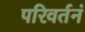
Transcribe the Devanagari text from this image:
परिवर्तनं